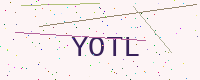
Text: YOTL